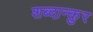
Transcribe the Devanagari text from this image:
शब्दान्कुर